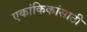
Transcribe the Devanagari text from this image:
एकांकिकांसाठी